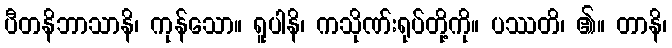
ပီတနိဘာသာနိ၊ ကုန်သော။ ရူပါနိ၊ ကသိုဏ်းရုပ်တို့ကို။ ပဿတိ၊ ၏။ တာနိ၊